Code of medical and sanitary regulations for the guidance of medical officers serving in the Madras Presidency - Volume I
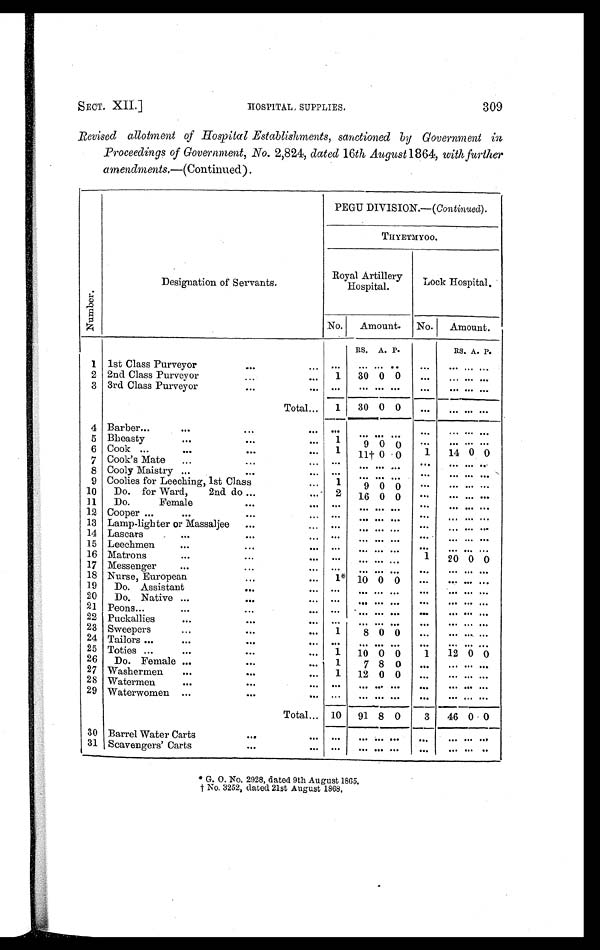
SECT. XII.]
HOSPITAL SUPPLIES.
309
Revised allotment of Hospital Establishments, sanctioned by Government in
Proceedings of Government, No. 2,824, dated 16th August 1864, with further
amendments.—(Continued).
Numbe r .
Designation of Servants.
PEGU DIVISION.—( Continued).
THYETMYOO.
Royal Artillery
Hospital.
Lock Hospital.
No.
Amount. No.
Amount.
RS. A. P.
RS. A. P.
1 1st Class Purveyor
. . .
...
. . .
. . . ... . . .
. . .
... ......
2 2nd Class Purveyor
...
...
1
30 0 0
. . .
... ......
3 3rd Class Purveyor
...
...
. . .
. . . . . . . . .
. . .
. . .... ...
Total ...
1
30 0 0
...
...... ...
4 Barber ...
. . .
...
...
. . .
. . . . . . . . .
. . .
...... ...
5 Bheasty
. . .
. . .
...
1
9
. . .
0 0
...... ...
6 Cook ...
. . .
. . .
...
1
1 1 † 0 0
1
14 0 0
7 Cook's Mate
...
...
...
. . .
. . . . . . . . .
. . .
. . .... ...
8 Cooly Maistry ...
...
...
. . .
. . . . . . . . .
. . .
...... ...
9 Coolies for Leeching, 1st Class
...
1
9 0 0
. . .
...... ...
10
Do. for Ward, 2nd do ...
...
2 16 0 0
...
. . .
... ...
11
Do. Female
...
...
. . .
. . . . . . . . .
. . .
. . .... ...
12 Cooper . . .
. . .
...
...
. . .
. . . . . . . . .
. . .
...... ...
13 Lamp-lighter or Massaljee ...
...
. . .
. . . . . . . . .
. . .
...... ...
14 Lascars
. . .
...
...
. . .
. . . . . . . . .
. . .
. . .... ...
15 Leechmen
. . .
...
...
. . .
. . . . . . . . .
. . .
...... ...
16 Matrons
. . .
...
... ...
. . . . . . . . .
1
20 0 0
17 Messenger
. . .
. . .
...
. . .
. . . . . . . . .
. . .
... ......
18 Nurse, European
. . .
...
1* 10 0 0
. . .
. . .... ...
19
Do. Assistant
. . .
...
. . .
. . . . . . . . .
. . .
. . .... ...
20
Do. Native ...
. . .
...
. . .
. . . . . . . . .
...
. . .... ...
21 Peons
. . .
...
...
...
. . .
. . . . . . . . .
. . .
. . .
... ...
22 Puckallies
. . .
...
...
. . .
. . . . . . . . .
. . .
...... ...
23 Sweepers
...
...
...
1
8 0 0
. . .
. . .
... ...
24 Tailors ...
. . .
...
...
. . .
. . . . . .
. . .
. . .
...... ...
25 Toties ...
. . .
. . .
...
1
10 0 0
1
12 0 0
26
Do. Female ...
. . .
...
1
7 8 0
. . .
. . .
... ...
27 Washermen
. . .
. . .
...
1
12 0 0
...
. . .... ...
28 Watermen
. . .
...
...
. . .
. . . . . . . . .
. . .
. . .
... ...
29 Waterwomen ...
. . .
...
. . .
. . . . . .
. . .
. . .
. . .
... ...
Total ...
10
91 8 0
3
46 0 0
30 Barrel Water Carts
. . .
...
. . .
. . . . . .
. . .
. . .
. . . . . . ...
31 Scavengers' Carts
. . .
...
. . .
. . . . . . . . .
. . .
. . . ... . . .
* G. O. No. 2928, dated 9th August 1865.
† N o . 3 2 5 2 , d a t e d 2 1 s t A u g u s t 1 8 6 8 .